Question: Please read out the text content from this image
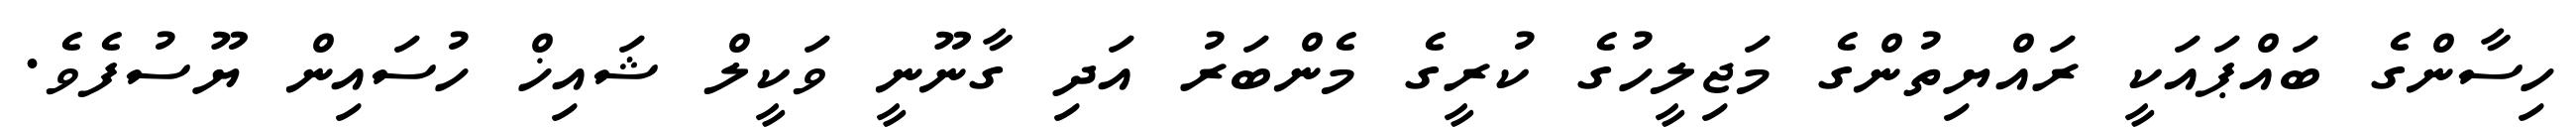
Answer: ހިސާންގެ ބައްޕައަކީ ރައްޔިތުންގެ މަޖިލީހުގެ ކުރީގެ މެންބަރު އަދި ގާނޫނީ ވަކީލް ޝައިޚް ހުސައިން ޔޫސުފެވެ.